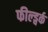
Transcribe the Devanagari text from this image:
फील्ड्वर्क